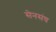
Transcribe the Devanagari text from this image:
सेनसंघ